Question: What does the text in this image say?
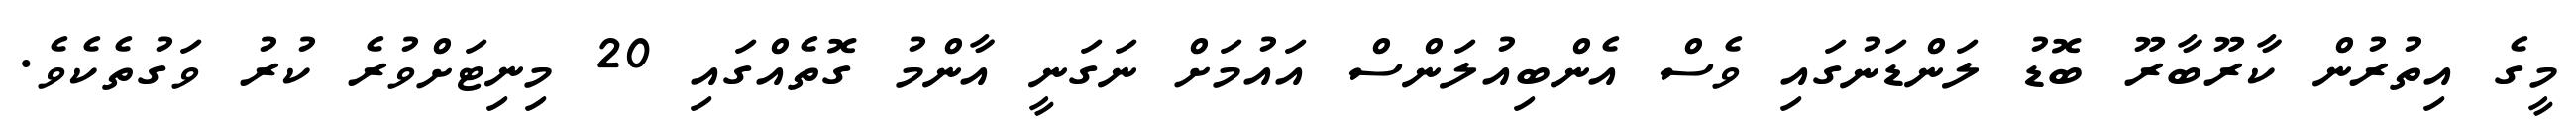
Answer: މީގެ އިތުރުން ކާރޫބާރޫ ބޮޑު ލަންޑަނުގައި ވެސް އެންބިއުލަންސް އައުމަށް ނަގަނީ އާންމު ގޮތެއްގައި 20 މިނިޓަށްވުރެ ކުރު ވަގުތެކެވެ.